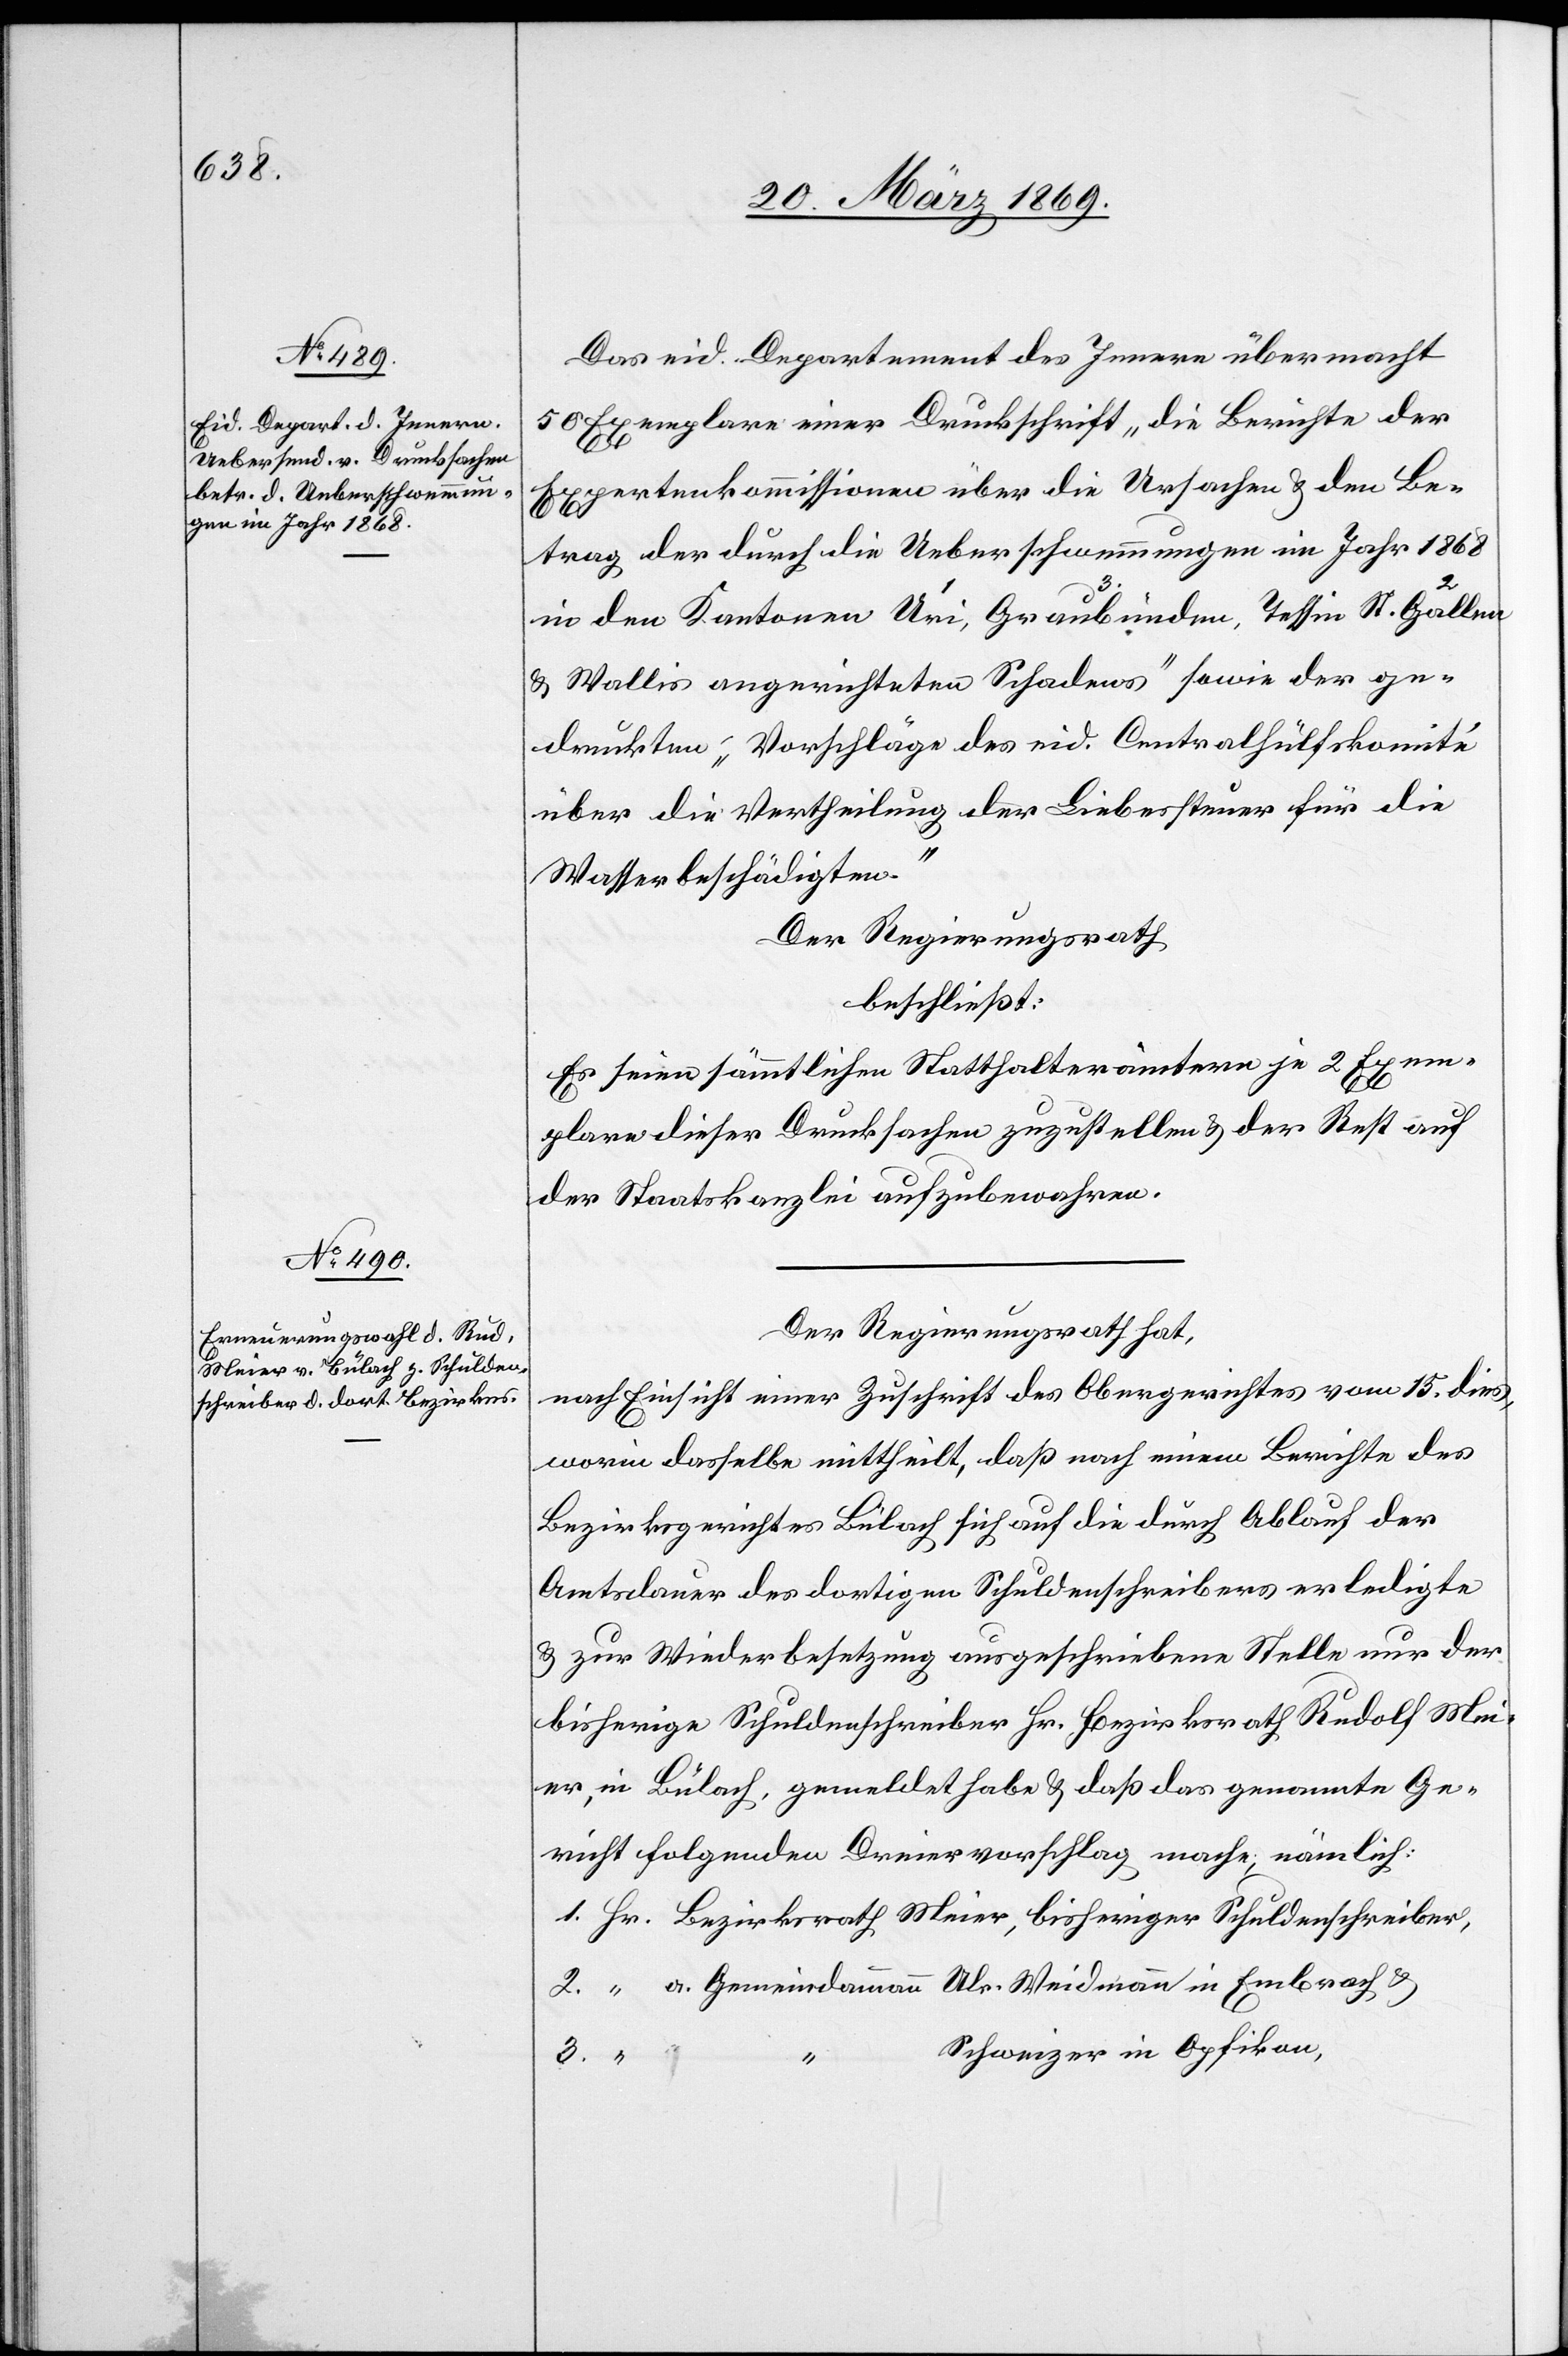
Das eid. Departement des Innern übermacht
50 Exemplare einer Druckschrift „die Berichte der
Expertenkommission über die Ursachen & den Be¬
trag der durch die Ueberschwemmungen im Jahr 1868
3.
in den Kantonen 1. Uri, 3. Graubünden, Tessin 2. St. Gallen
& Wallis angerichteten Schadens“ sowie der ge¬
druckten „Vorschläge des eid. Centralhülfskomité
über die Vertheilung der Liebessteuer für die
Wasserbeschädigten.“
Der Regierungsrath
beschließt:
Es seien sämmtlichen Statthalterämtern je 2 Exem¬
plare dieser Drucksachen zuzustellen & der Rest auf
der Staatskanzlei aufzubewahren.
Der Regierungsrath hat,
nach Einsicht einer Zuschrift des Obergerichtes vom 15. dies,
worin dasselbe mittheilt, daß nach einem Berichte des
Bezirksgerichtes Bülach sich auf die durch Ablauf der
Amtsdauer des dortigen Schuldenschreibers erledigte
& zur Wiederbesetzung ausgeschriebene Stelle nur der
bisherige Schuldenschreiber Hr. Bezirksrath Rudolf Mei¬
er, in Bülach, gemeldet habe & daß das genannte Ge¬
richt folgenden Dreiervorschlag mache; nämlich:
Schweizer in Opfikon,